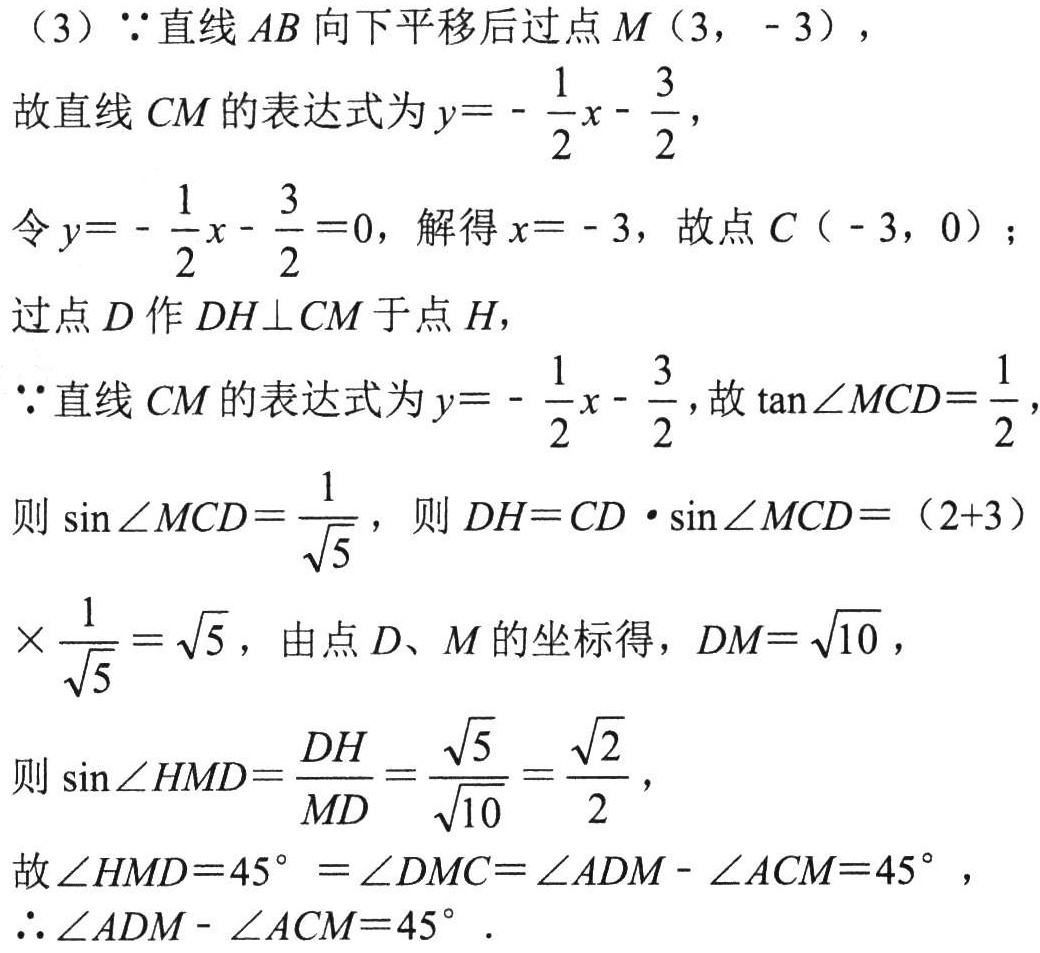
（3）\(\because\)直线 \(AB\) 向下平移后过点 \(M(3,-3)\)，
故直线 \(CM\) 的表达式为 \(y = -\frac{1}{2}x - \frac{3}{2}\)，
令 \(y = -\frac{1}{2}x - \frac{3}{2}=0\)，解得 \(x = - 3\)，故点 \(C(-3,0)\)；
过点 \(D\) 作 \(DH\perp CM\) 于点 \(H\)，
\(\because\)直线 \(CM\) 的表达式为 \(y = -\frac{1}{2}x - \frac{3}{2}\)，故 \(\tan\angle MCD=\frac{1}{2}\)，
则 \(\sin\angle MCD=\frac{1}{\sqrt{5}}\)，则 \(DH = CD\cdot\sin\angle MCD=(2 + 3)\times\frac{1}{\sqrt{5}}=\sqrt{5}\)，由点 \(D\)、\(M\) 的坐标得，\(DM=\sqrt{10}\)，
则 \(\sin\angle HMD=\frac{DH}{MD}=\frac{\sqrt{5}}{\sqrt{10}}=\frac{\sqrt{2}}{2}\)，
故 \(\angle HMD = 45^{\circ}=\angle DMC=\angle ADM-\angle ACM = 45^{\circ}\)，
\(\therefore\angle ADM-\angle ACM = 45^{\circ}\)．